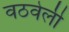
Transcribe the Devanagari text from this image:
वठवेली